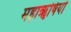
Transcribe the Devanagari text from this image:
महाॠषियों